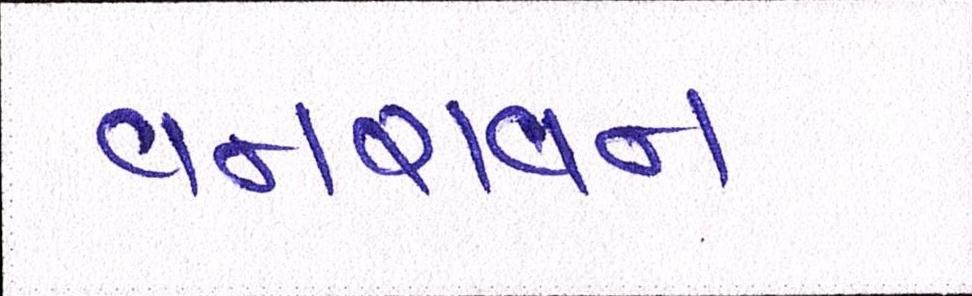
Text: વનરાવન